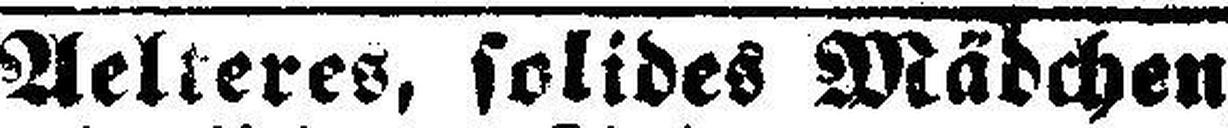
Aelteres, solides Mädchen